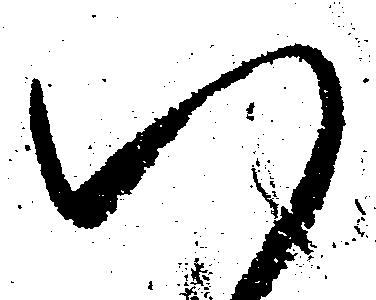
八